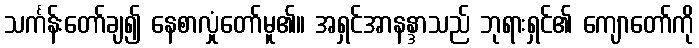
သင်္ကန်းတော်ချ၍ နေစာလှုံတော်မူ၏။ အရှင်အာနန္ဒာသည် ဘုရားရှင်၏ ကျောတော်ကို